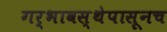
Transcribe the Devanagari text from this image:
गर्भावस्थेपासूनच